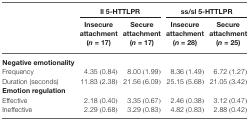
|  | <COLSPAN=2> ll 5-HTTLPR | <COLSPAN=2> ss/sl 5-HTTLPR |
 |  | Insecure attachment (n = 17) | Secure attachment (n = 17) | Insecure attachment (n = 28) | Secure attachment (n = 25) |
 | --- | --- | --- | --- | --- |
 | Negative emotionality |
 | Frequency | 4.35 (0.84) | 8.00 (1.99) | 8.36 (1.49) | 6.72 (1.27) |
 | Duration (seconds) | 11.83 (2.38) | 21.56 (6.09) | 25.15 (5.68) | 21.05 (3.42) |
 | Emotion regulation |
 | Effective | 2.18 (0.40) | 3.35 (0.67) | 2.46 (0.38) | 3.12 (0.47) |
 | Ineffective | 2.29 (0.68) | 3.29 (0.83) | 4.82 (0.83) | 2.88 (0.42) |